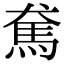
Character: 𩡷